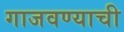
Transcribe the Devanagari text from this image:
गाजवण्याची